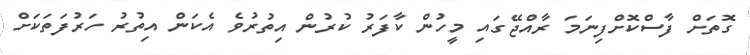
ގޮތަށް ފާސްކޮށްފިނަމަ ރާއްޖޭގައި މީހުން ކާފަރު ކުރުން އިތުރުވެ އެކަން އިތުރު ހަރުފަތަކަށް